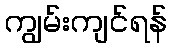
ကျွမ်းကျင်ရန်